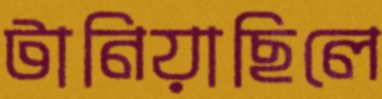
টানিয়াছিলে